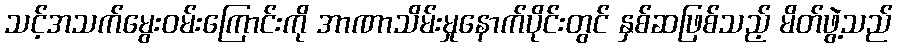
သင့်အသက်မွေးဝမ်းကြောင်းကို အာဏာသိမ်းမှုနောက်ပိုင်းတွင် နှစ်ဆဖြစ်သည့် မိတ်ဖွဲ့သည်